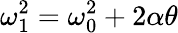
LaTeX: \omega_{1}^{2}=\omega_{0}^{2}+2\alpha\theta